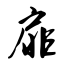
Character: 扉